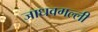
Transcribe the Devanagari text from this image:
जाधवगल्ली